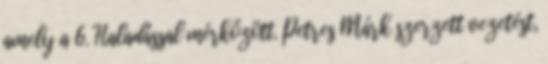
amely a 6. Haladással mérkőzött. Petres Márk szerzett vezetést,